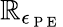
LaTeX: \mathbb{R}_{\epsilon_{\mathrm{{~P~E~}}}}